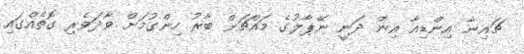
ޗައިނާ އިންޑިއާ އިން ދަނީ ނޭޕާލުގެ މައްޗަށް ބާރު ހިންގުމަށް ވާދަވެރި ގޮތެއްގައި